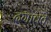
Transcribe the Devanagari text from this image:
दगावते